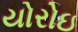
યોરોઇ